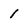
Character: I